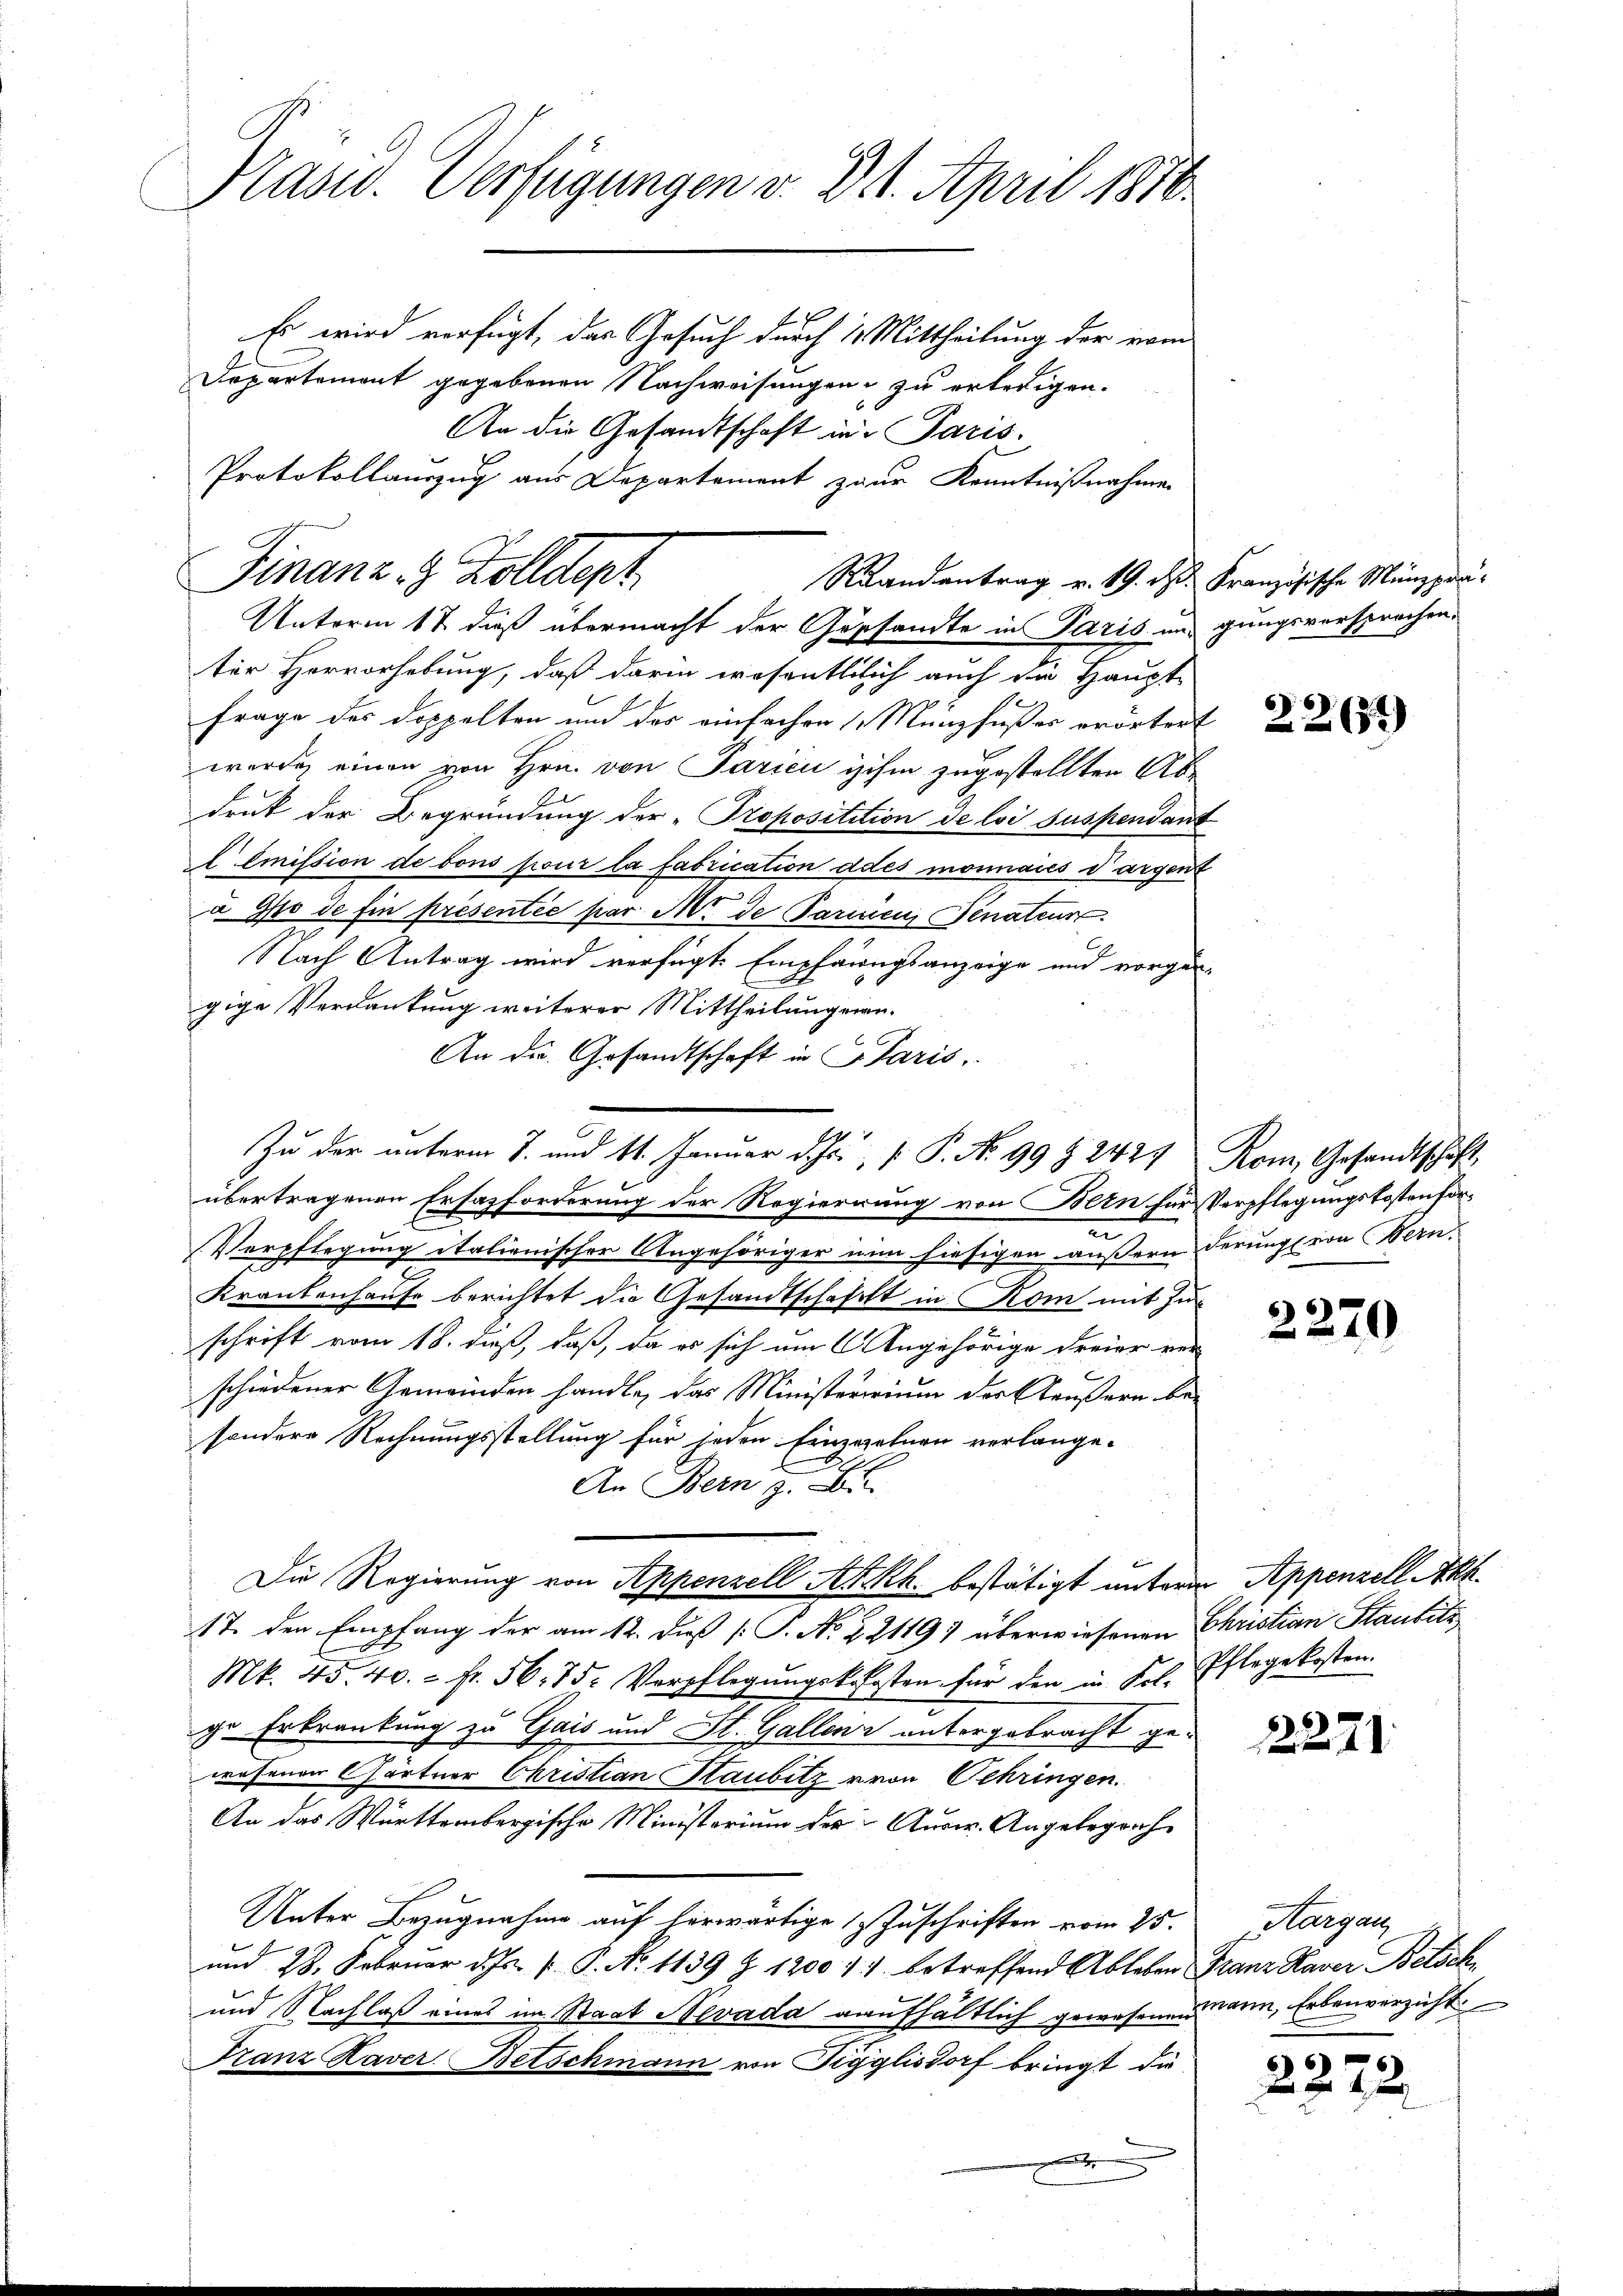
Präsid. Verfügungen v. 31. April 1876.

Es wird verfügt, das Gesuch durch 11 Mittheilung der vom
Departement gegebenen Nachweisungen zu erterigen.
An die Gesandtschaft in Paris.
Protokollanzug aus Departement zur Kenntnißnahmen

Finanz- & Zolldept
Randantrag v. 19. d. Französische Münzprä¬
Unterm 17. dieß übermacht der Gesandte in Paris und gungsversprochen,

ter Hervorhebung, daß darin wesentlich auch die Haupt-
frage des doppelten und des einfachen Münzfußes erörtert
wurde einen von Hrn. von Paricu ihm zugestellten Abdruk der Begründung der „Propositition de loi suspendant
l Emission de tous pour la fabrication ades monnaies dargent
a Gpo de fin présentée par Mit de Parmen Senateur
Nach Antrag wird verfügte Empfangsanzeige und vorgen-
gige Verdankung weiterer Mittheilung ein.
An die Gesandtschaft in Paris,
übertragenen Ersazforderung der Regierung von Bern für Verpflegungskostenforn
Verpflegung italienischer Angehöriger nun hiesigen äußern derung von Bern
Krankenhause berichtet die Gesandtschaft in Kom mit Zuschrift vom 18. daß, daß, da es sich um Angehörige Freier vor
schiedener Gemeinden handle, das Ministeririum der Häußern besondere Rechnungsstellung für jeden Einzuzehnen verlange-
An Bern z. B.
Die Regierung von Appenzell Akkk. bestätigt unterm Appenzell Akt
17. den Empfang der am 12. diß [ P. No. 22119) überwiesenen Christian Staubitz
Mk. 45. 40. - Fr. 56. 75. Verpflegŭngskosten für den in Frl. Pflegekosten.
ge Erkrankung zu Gais und St. Gallenz untergebracht gewesenen Gärtner Christian Haubitz von Oehringen.
An das Württembergische Ministorium der Ausw. Angelegrech
Unter Bezugnahme auf herwärtige Zuschriften vom 25.
und 28. Februar d. Js. v. P. N. 1139 Z. 1200 f: betreffend Ableben Franz Haver Betsch
und Nachlaß eines im Staat Nevada aufhältlich gewesenen wann, Erbanverzicht
Franz Haver Betschmann von Tigylisdorf bringt die
.

Zu der unterm 8. und 11. Januar d. Js., P. Nr. 99 § 2427

2267)

Rom, Gesandtschaft,

2270

22221

22

23.

Hargau